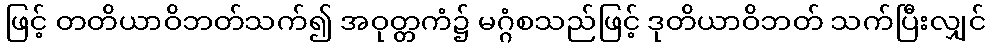
ဖြင့် တတိယာဝိဘတ်သက်၍ အဝုတ္တကံ၌ မဂ္ဂံစသည်ဖြင့် ဒုတိယာဝိဘတ် သက်ပြီးလျှင်